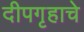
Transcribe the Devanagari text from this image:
दीपगृहाचे